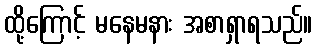
ထို့ကြောင့် မနေမနား အစာရှာရသည်။